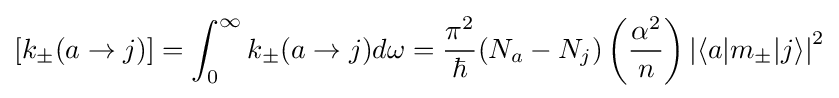
[k_{\pm }(a\to j)]=\int _{0}^{\infty }k_{\pm }(a\to j)d\omega ={\frac {\pi ^{2}}{\hbar }}(N_{a}-N_{j})\left({\frac {\alpha ^{2}}{n}}\right)\left|\langle a|m_{\pm }|j\rangle \right|^{2}